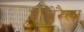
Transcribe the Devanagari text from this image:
मोज़ेरैला